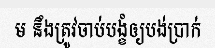
ម នឹងត្រូវចាប់បង្ខំឲ្យបង់ប្រាក់